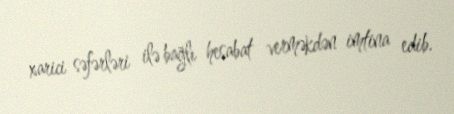
xarici səfərləri ilə bağlı hesabat verməkdən imtina edib.